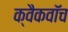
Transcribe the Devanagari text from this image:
क्वैकवॉच